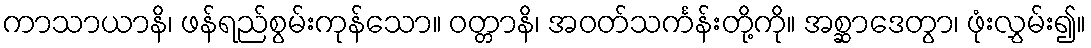
ကာသာယာနိ၊ ဖန်ရည်စွမ်းကုန်သော။ ဝတ္တာနိ၊ အဝတ်သင်္ကန်းတို့ကို။ အစ္ဆာဒေတွာ၊ ဖုံးလွှမ်း၍။